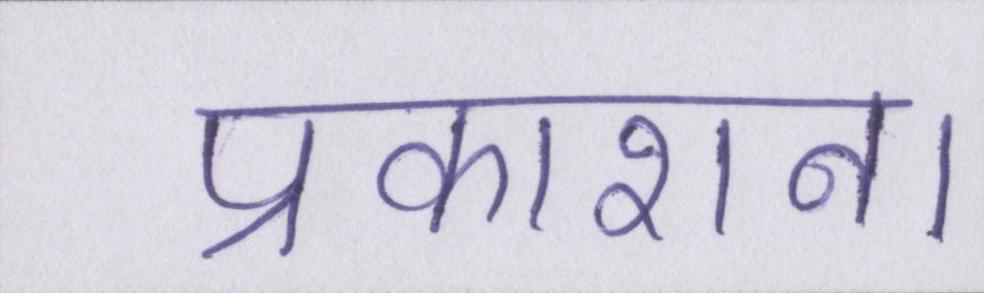
प्रकाशन।